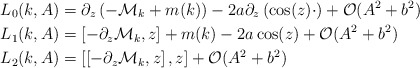
\begin{align*}L_0(k,A)&=\partial_z\left(-\mathcal{M}_k+m(k)\right)-2a\partial_z\left(\cos(z)\cdot\right)+\mathcal{O}(A^2+b^2)\\L_1(k,A)&=\left[-\partial_z\mathcal{M}_k,z\right]+m(k)-2a\cos(z)+\mathcal{O}(A^2+b^2)\\L_2(k,A)&=\left[\left[-\partial_z\mathcal{M}_k,z\right],z\right]+\mathcal{O}(A^2+b^2)\end{align*}